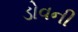
ડોવની